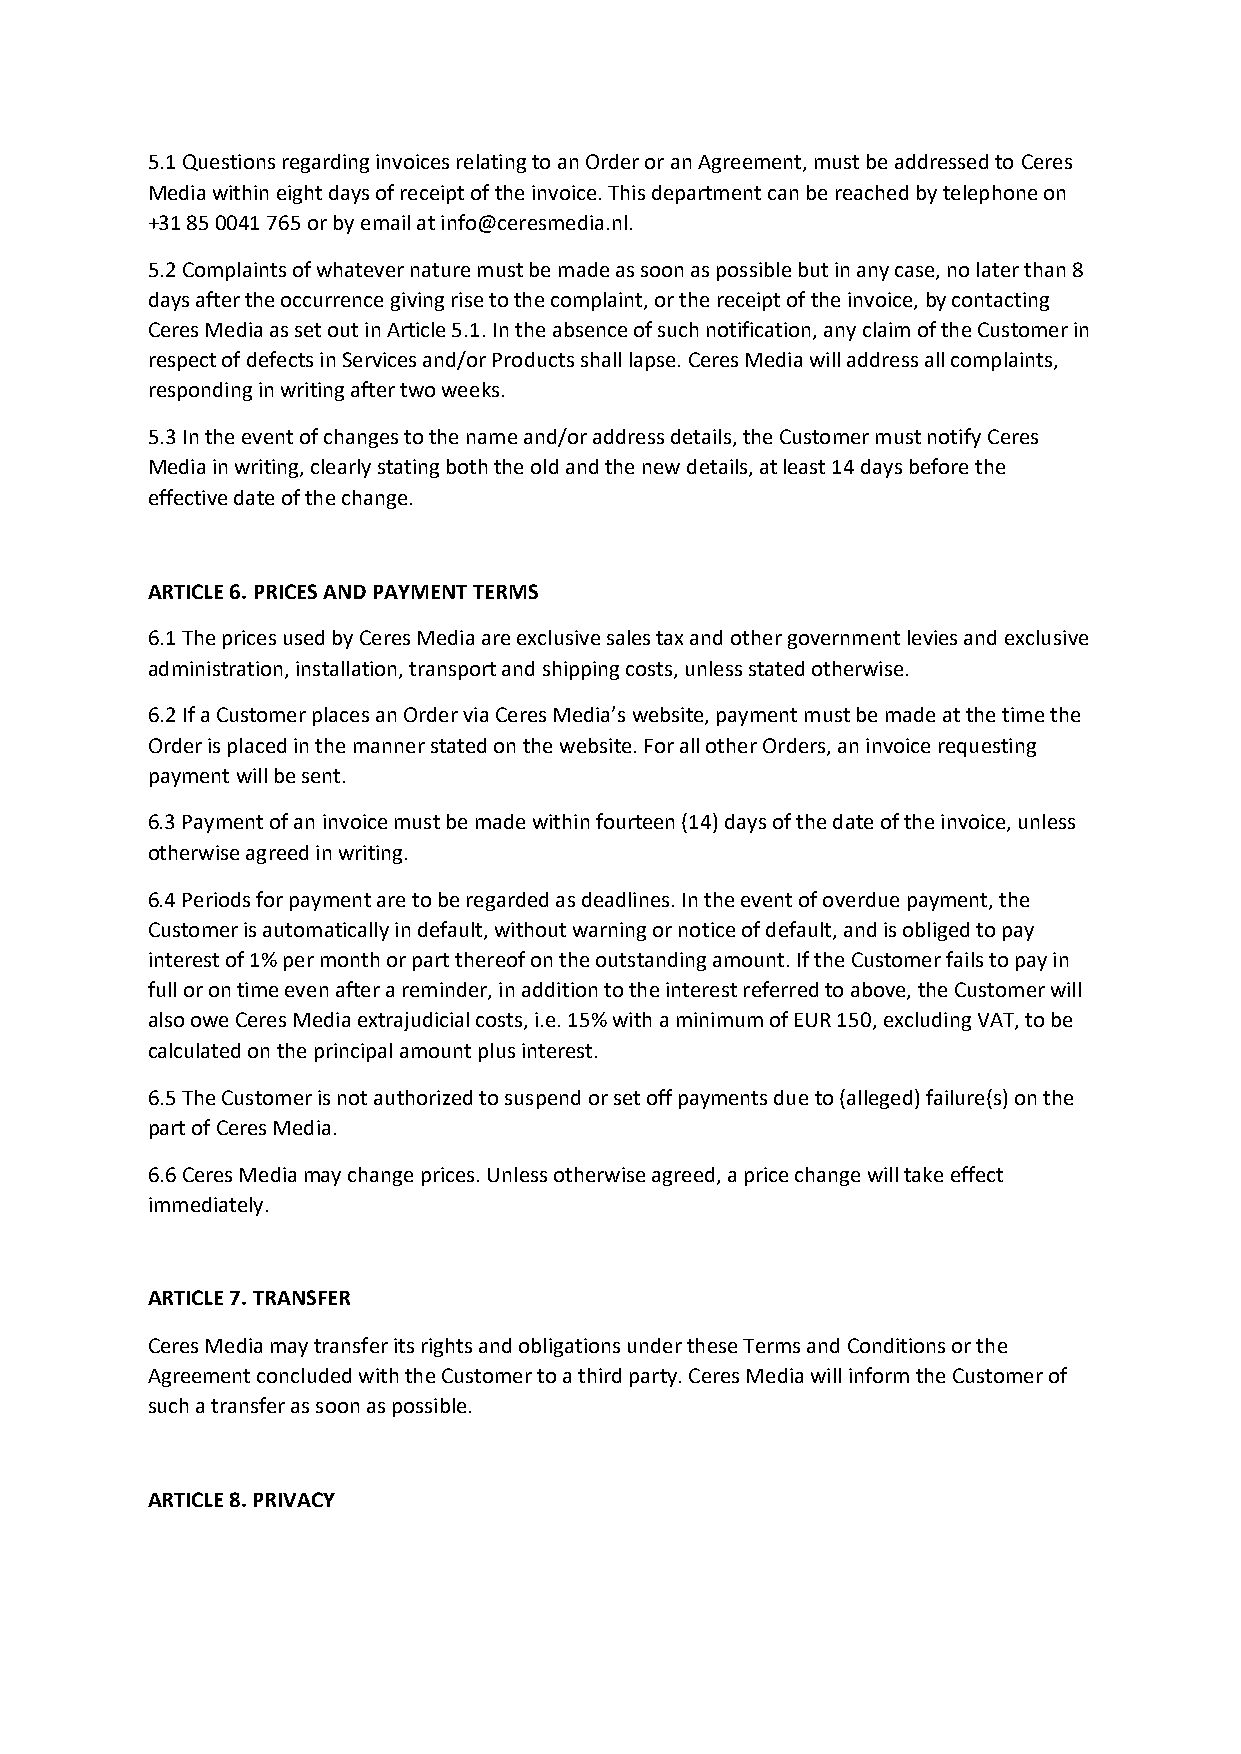
5.1 Questions regarding invoices relating to an Order or an Agreement, must be addressed to Ceres
 Media within eight days of receipt of the invoice. This department can be reached by telephone on
 +31 85 0041 765 or by email at info@ceresmedia.nl.
 5.2 Complaints of whatever nature must be made as soon as possible but in any case, no later than 8
 days after the occurrence giving rise to the complaint, or the receipt of the invoice, by contacting
 Ceres Media as set out in Article 5.1. In the absence of such notification, any claim of the Customer in
 respect of defects in Services and/or Products shall lapse. Ceres Media will address all complaints,
 responding in writing after two weeks.
 5.3 In the event of changes to the name and/or address details, the Customer must notify Ceres
 Media in writing, clearly stating both the old and the new details, at least 14 days before the
 effective date of the change.
 ARTICLE 6. PRICES AND PAYMENT TERMS
 6.1 The prices used by Ceres Media are exclusive sales tax and other government levies and exclusive
 administration, installation, transport and shipping costs, unless stated otherwise.
 6.2 If a Customer places an Order via Ceres Media’s website, payment must be made at the time the
 Order is placed in the manner stated on the website. For all other Orders, an invoice requesting
 payment will be sent.
 6.3 Payment of an invoice must be made within fourteen (14) days of the date of the invoice, unless
 otherwise agreed in writing.
 6.4 Periods for payment are to be regarded as deadlines. In the event of overdue payment, the
 Customer is automatically in default, without warning or notice of default, and is obliged to pay
 interest of 1% per month or part thereof on the outstanding amount. If the Customer fails to pay in
 full or on time even after a reminder, in addition to the interest referred to above, the Customer will
 also owe Ceres Media extrajudicial costs, i.e. 15% with a minimum of EUR 150, excluding VAT, to be
 calculated on the principal amount plus interest.
 6.5 The Customer is not authorized to suspend or set off payments due to (alleged) failure(s) on the
 part of Ceres Media.
 6.6 Ceres Media may change prices. Unless otherwise agreed, a price change will take effect
 immediately.
 ARTICLE 7. TRANSFER
 Ceres Media may transfer its rights and obligations under these Terms and Conditions or the
 Agreement concluded with the Customer to a third party. Ceres Media will inform the Customer of
 such a transfer as soon as possible.
 ARTICLE 8. PRIVACY